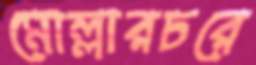
মোল্লারচরে